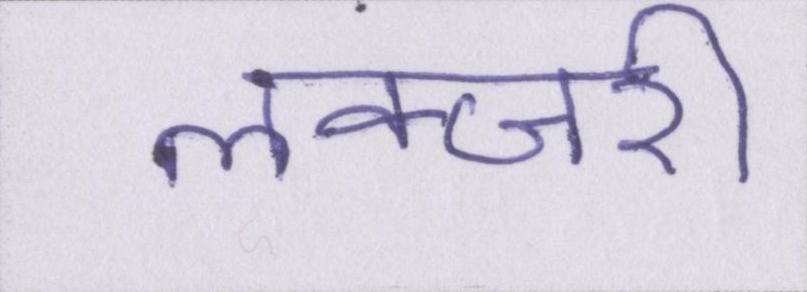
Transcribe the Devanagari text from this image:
लक्जरी